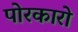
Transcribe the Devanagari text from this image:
पोरकारो